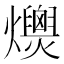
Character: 𤒾